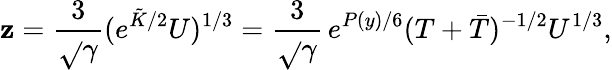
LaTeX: \mathbf{z}=\frac{{3}}{{\sqrt{}{{\gamma}}}}(e^{\tilde{{K}}/2}U)^{1/3}=\frac{{3}}{{\sqrt{}{{\gamma}}}}\, e^{P(y)/6}(T+\bar{{T}})^{-1/2}U^{1/3},